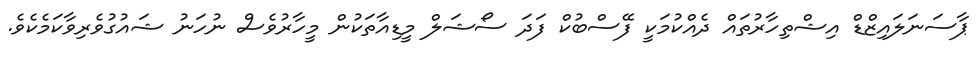
ޕާސަނަލައިޒްޑް އިޝްތިހާރުތައް ދެއްކުމަކީ ފޭސްބުކް ފަދަ ސޯޝަލް މީޑިއާތަކުން މީހާރުވެސް ނުހަނު ޝައުގުވެރިވާކަމެކެވެ.